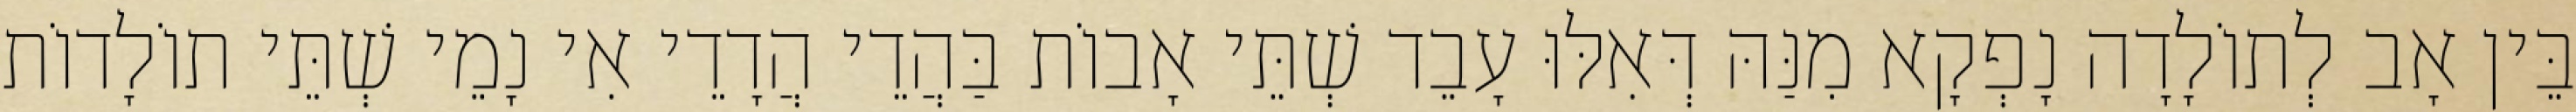
בֵּין אָב לְתוֹלָדָה נָפְקָא מִנַּהּ דְּאִלּוּ עָבֵד שְׁתֵּי אָבוֹת בַּהֲדֵי הֲדָדֵי אִי נָמֵי שְׁתֵּי תוֹלָדוֹת